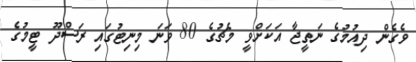
ވެގެން ދިއުމުގެ ނަތީޖާ އަކަށްވީ މެޗުގެ 80 ވަނަ މިނިޓުގައި ރަސްދޫ ޓީމުގެ